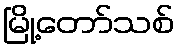
မြို့တော်သစ်